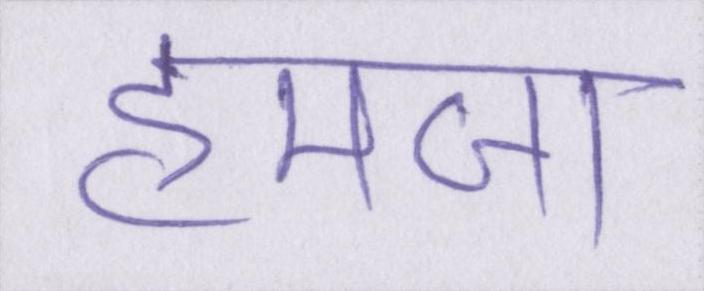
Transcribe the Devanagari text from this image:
हमजा